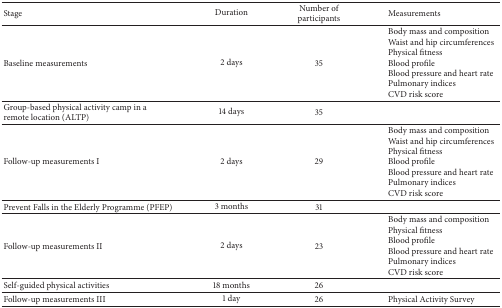
<table><thead><tr><td><b>Stage</b></td><td><b>Duration</b></td><td><b>Number of participants</b></td><td><b>Measurements</b></td></tr></thead><tbody><tr><td>Baseline measurements</td><td>2 days</td><td>35</td><td>Body mass and compositionWaist and hip circumferences Physical fitnessBlood profileBlood pressure and heart ratePulmonary indicesCVD risk score</td></tr><tr><td>Group-based physical activity camp in a remote location (ALTP)</td><td>14 days</td><td>35</td><td>[EMPTY_CELL]</td></tr><tr><td>Follow-up measurements I</td><td>2 days</td><td>29</td><td>Body mass and compositionWaist and hip circumferences Physical fitnessBlood profileBlood pressure and heart ratePulmonary indicesCVD risk score</td></tr><tr><td>Prevent Falls in the Elderly Programme (PFEP)</td><td>3 months</td><td>31</td><td>[EMPTY_CELL]</td></tr><tr><td>Follow-up measurements II</td><td>2 days</td><td>23</td><td>Body mass and compositionPhysical fitnessBlood profileBlood pressure and heart ratePulmonary indicesCVD risk score</td></tr><tr><td>Self-guided physical activities</td><td>18 months</td><td>26</td><td>[EMPTY_CELL]</td></tr><tr><td>Follow-up measurements III</td><td>1 day</td><td>26</td><td>Physical Activity Survey</td></tr></tbody></table>